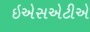
ઇએસએટીએ